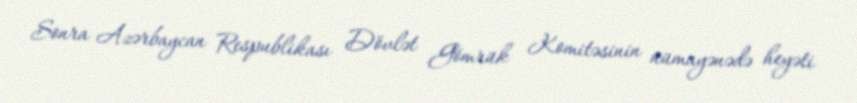
Sonra Azərbaycan Respublikası Dövlət Gömrük Komitəsinin nümayənədə heyəti